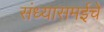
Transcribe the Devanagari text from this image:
संध्यासमईचे